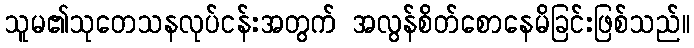
သူမ၏သုတေသနလုပ်ငန်းအတွက် အလွန်စိတ်စောနေမိခြင်းဖြစ်သည်။